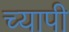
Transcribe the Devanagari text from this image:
च्यापी